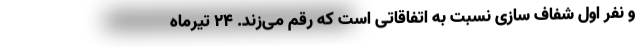
و نفر اول شفاف سازی نسبت به اتفاقاتی است که رقم می‌زند. ۲۴ تیرماه